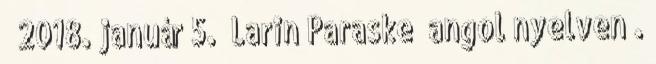
↑ 2018. január 5. „Larin Paraske” angol nyelven .